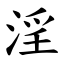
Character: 淫